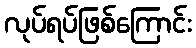
လုပ်ရပ်ဖြစ်ကြောင်း